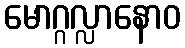
မောဂ္ဂလ္လာနောဝ